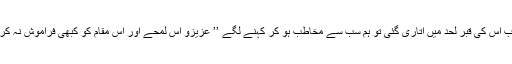
جب اس کی قبر لحد میں اتاری گئی تو ہم سب سے مخاطب ہو کر کہنے لگے ’’ عزیزو اس لمحے اور اس مقام کو کبھی فراموش نہ کرنا۔